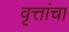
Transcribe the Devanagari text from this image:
वृत्तांचा